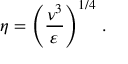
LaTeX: \eta = \left( { \frac { \nu ^ { 3 } } { \varepsilon } } \right) ^ { 1 / 4 } \, .